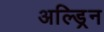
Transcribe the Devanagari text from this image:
अल्ड्रिन